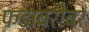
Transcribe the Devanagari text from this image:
फडाबरोबर